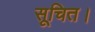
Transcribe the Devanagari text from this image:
सूचित।